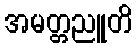
အမတ္တညူတိ